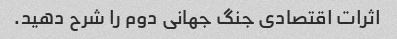
اثرات اقتصادی جنگ جهانی دوم را شرح دهید.